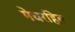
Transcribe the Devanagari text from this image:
मेघरहित